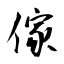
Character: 傢